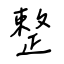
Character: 整